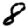
Digit: 8